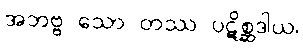
အဘဗ္ဗ သော တဿ ပဋိစ္ဆဒါယ၊